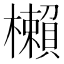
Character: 櫴